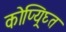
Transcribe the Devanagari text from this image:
कोप्य्रिघ्त